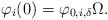
LaTeX: \begin{align*}\varphi_{i}(0) = \varphi_{0,i,\delta} \Omega.\end{align*}